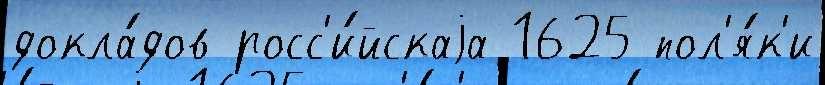
докла́дов росс'и́йскаjа 1625 пол'я́к'и